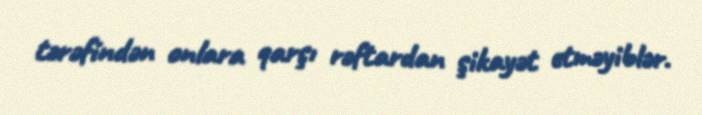
tərəfindən onlara qarşı rəftardan şikayət etməyiblər.